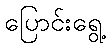
ပြောင်းရွေ့